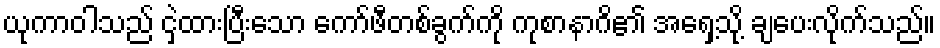
ယုကာဝါသည် ငှဲ့ထားပြီးသော ကော်ဖီတစ်ခွက်ကို ကုစာနာဂိ၏ အရှေ့သို့ ချပေးလိုက်သည်။